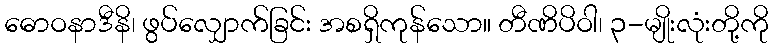
ဓောဝနာဒီနိ၊ ဖွပ်လျှောက်ခြင်း အစရှိကုန်သော။ တီဏိပိဝါ၊ ၃-မျိုးလုံးတို့ကို